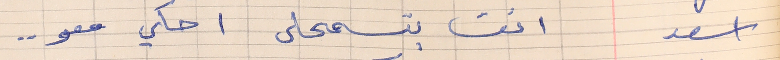
اسعد      نعم شو بدك مني . .